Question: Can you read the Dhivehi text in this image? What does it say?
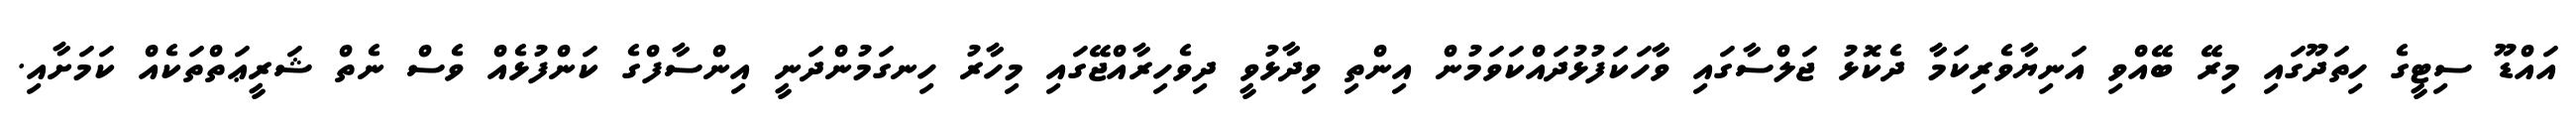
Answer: އައްޑޫ ސިޓީގެ ހިތަދޫގައި މިރޭ ބޭއްވި އަނިޔާވެރިކަމާ ދެކޮޅު ޖަލްސާގައި ވާހަކަފުޅުދައްކަވަމުން އިންތި ވިދާޅުވީ ދިވެހިރާއްޖޭގައި މިހާރު ހިނގަމުންދަނީ އިންސާފްގެ ކަންފުޅެއް ވެސް ނެތް ޝަރީޢަތްތަކެއް ކަމަށާއި.